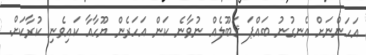
އަހަންނަށް އެނގުނު ބައްޕަ ޤަބޫލެއް ނުވާނެ ކަން އަހަރެން ޔޫހާއާ ކައިވެނި ކުރާކަށް.